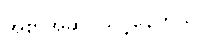
အစာအဆိပ်သင့်နေတယ်။